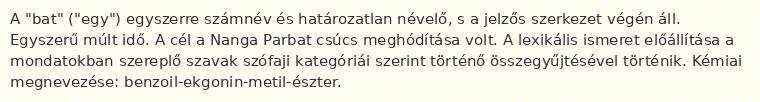
A "bat" ("egy") egyszerre számnév és határozatlan névelő, s a jelzős szerkezet végén áll. Egyszerű múlt idő. A cél a Nanga Parbat csúcs meghódítása volt. A lexikális ismeret előállítása a mondatokban szereplő szavak szófaji kategóriái szerint történő összegyűjtésével történik. Kémiai megnevezése: benzoil-ekgonin-metil-észter.